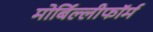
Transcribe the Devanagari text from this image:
मोर्बिल्लीफॉर्म